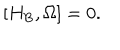
LaTeX: \left[ H _ { \mathrm { B } } , \Omega \right] = 0 .